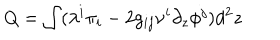
Q = \int ( \lambda ^ { i } \pi _ { i } - 2 g _ { i j } \nu ^ { i } \partial _ { z } \phi ^ { j } ) d ^ { 2 } z